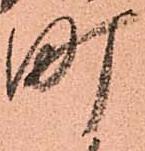
町